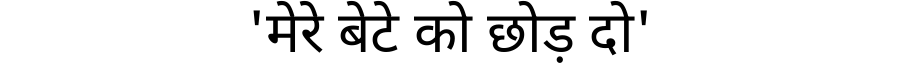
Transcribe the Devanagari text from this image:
'मेरे बेटे को छोड़ दो'